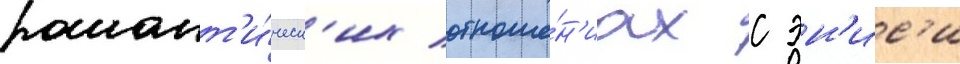
романт'и́ческ'их отноше́н'иах с эн'ис'и